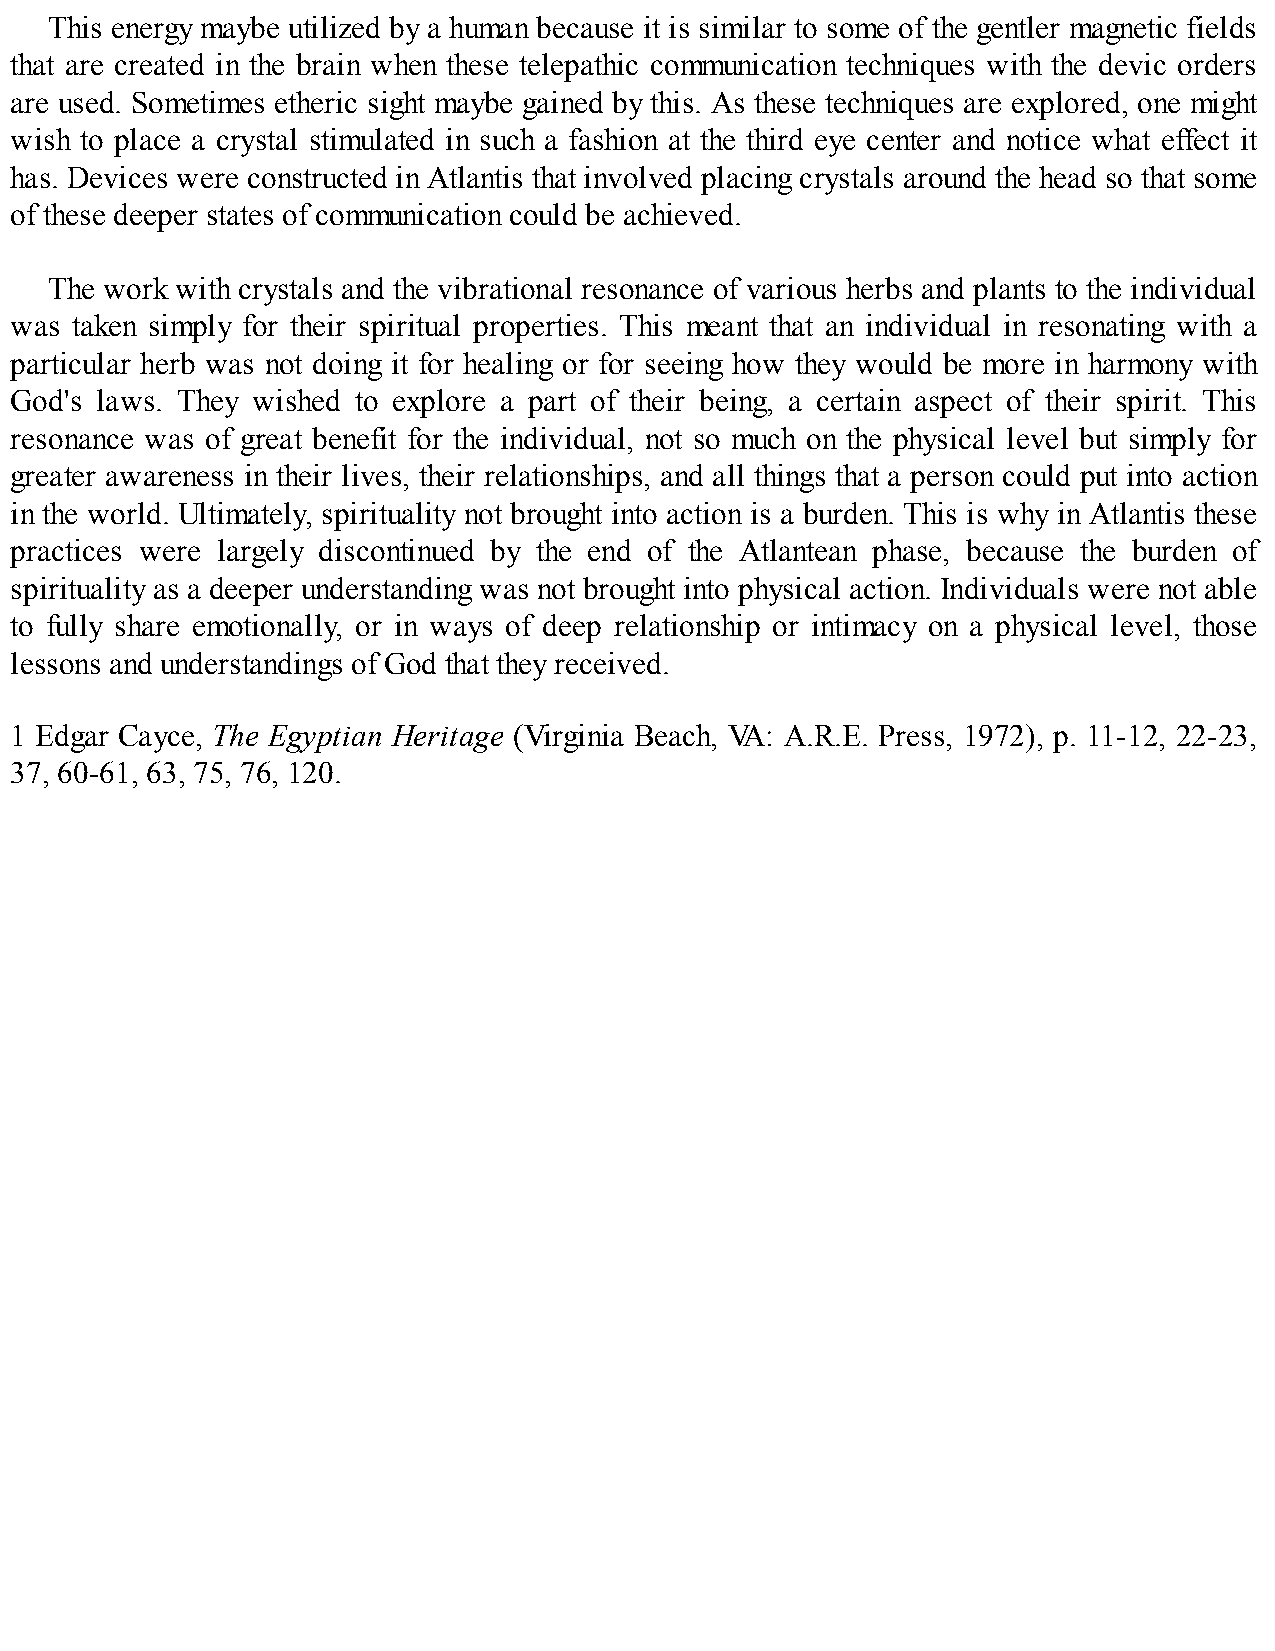
This energy maybe utilized by a human because it is similar to some of the gentler magnetic fields
 that are created in the brain when these telepathic communication techniques with the devic orders
 are used. Sometimes etheric sight maybe gained by this. As these techniques are explored, one might
 wish to place a crystal stimulated in such a fashion at the third eye center and notice what effect it
 has. Devices were constructed in Atlantis that involved placing crystals around the head so that some
 of these deeper states of communication could be achieved.
 The work with crystals and the vibrational resonance of various herbs and plants to the individual
 was taken simply for their spiritual properties. This meant that an individual in resonating with a
 particular herb was not doing it for healing or for seeing how they would be more in harmony with
 God's laws. They wished to explore a part of their being, a certain aspect of their spirit. This
 resonance was of great benefit for the individual, not so much on the physical level but simply for
 greater awareness in their lives, their relationships, and all things that a person could put into action
 in the world. Ultimately, spirituality not brought into action is a burden. This is why in Atlantis these
 practices were largely discontinued by the end of the Atlantean phase, because the burden of
 spirituality as a deeper understanding was not brought into physical action. Individuals were not able
 to fully share emotionally, or in ways of deep relationship or intimacy on a physical level, those
 lessons and understandings of God that they received.
 1 Edgar Cayce, The Egyptian Heritage (Virginia Beach, VA: A.R.E. Press, 1972), p. 11-12, 22-23,
 37, 60-61, 63, 75, 76, 120.